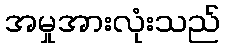
အမှုအားလုံးသည်